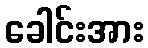
ခေါင်းအား